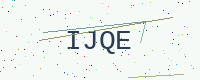
Text: IJQE